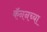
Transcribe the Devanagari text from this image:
कॅननच्या